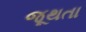
જૂથતા